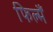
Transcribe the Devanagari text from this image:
फिल्मैं